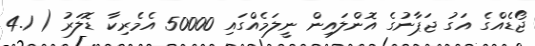
ޖޯޑެއްގެ އަގު ޖަޕާނުގެ އޮންލައިން ނީލަމެއްގައި 50000 އެމެރިކާ ޑޮލަރު ( 4.1